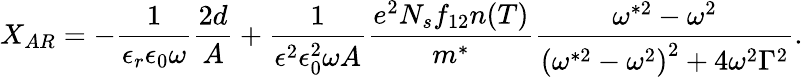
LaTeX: X_{AR}=-\frac{1}{\epsilon_{r}\epsilon_{0}\omega}\frac{2d}{A}+\frac{1}{\epsilon^{2}\epsilon_{0}^{2}\omega A}\frac{e^{2}N_{s}f_{12}n(T)}{m^{*}}\frac{\omega^{*2}-\omega^{2}}{\left(\omega^{*2}-\omega^{2}\right)^{2}+4\omega^{2}\Gamma^{2}}.